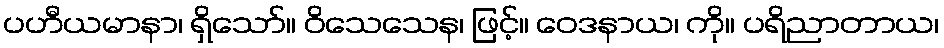
ပဟီယမာနာ၊ ရှိသော်။ ဝိသေသေန၊ ဖြင့်။ ဝေဒနာယ၊ ကို။ ပရိညာတာယ၊